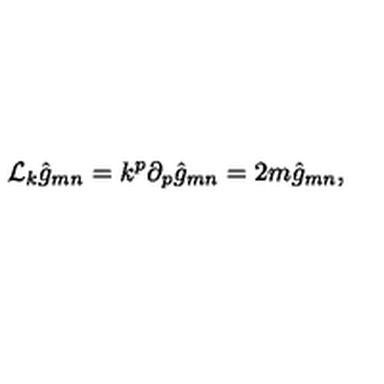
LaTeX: \mathcal { L } _ { k } \hat { g } _ { m n } = k ^ { p } \partial _ { p } \hat { g } _ { m n } = 2 m \hat { g } _ { m n } ,